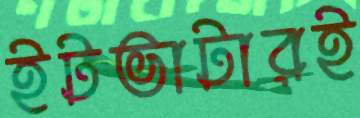
ইটভাটারই